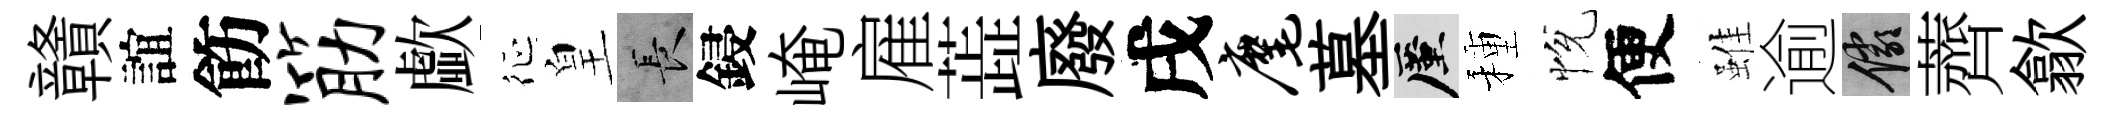
贛誼飭筋歔征皇长鋟崦雇蕋廢戌麾墓厪種恱便雖逾儼薺歙